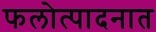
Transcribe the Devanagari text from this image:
फलोत्पादनात